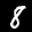
Label: 8